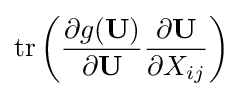
\operatorname {tr} \left({\frac {\partial g(\mathbf {U} )}{\partial \mathbf {U} }}{\frac {\partial \mathbf {U} }{\partial X_{ij}}}\right)